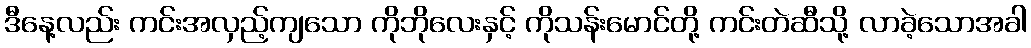
ဒီနေ့လည်း ကင်းအလှည့်ကျသော ကိုဘိုလေးနှင့် ကိုသန်းမောင်တို့ ကင်းတဲဆီသို့ လာခဲ့သောအခါ